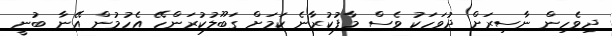
ދިވެހިން ނާސިރަށް ދުވަހަކު ވެސް މާފުކުރާނެ ކަމަށް ގަބޫލުކުރަންހޭ އެހުމުން އޭނާ ބުނީ